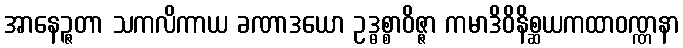
အာနေဉ္ဇတာ သကလိကာယ ခဏာဒယော ဥဒ္ဓစ္စာဝိဇ္ဇာ ကမာဒိဝိနိစ္ဆယကထာဝဏ္ဏနာ